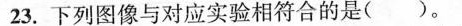
23.下列图像与对应实验相符合的是()。